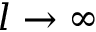
l \rightarrow \infty